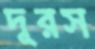
দূরস